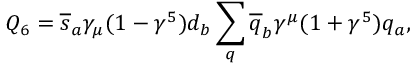
Q _ { 6 } = \overline { { { s } } } _ { a } \gamma _ { \mu } ( 1 - \gamma ^ { 5 } ) d _ { b } \sum _ { q } \overline { { { q } } } _ { b } \gamma ^ { \mu } ( 1 + \gamma ^ { 5 } ) q _ { a } ,